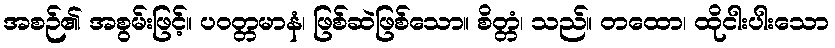
အစဉ်၏ အစွမ်းဖြင့်။ ပဝတ္တမာနံ၊ ဖြစ်ဆဲဖြစ်သော။ စိတ္တံ၊ သည်။ တထော၊ ထိုငါးပါးသော